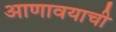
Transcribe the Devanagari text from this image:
आणावयाची